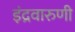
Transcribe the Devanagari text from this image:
इंद्रवारुणी